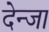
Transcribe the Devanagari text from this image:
देन्जा